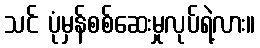
သင် ပုံမှန်စစ်ဆေးမှုလုပ်ရဲ့လား။